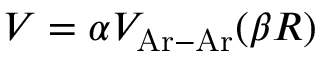
V = \alpha V _ { \mathrm { A r - A r } } ( \beta R )